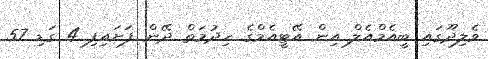
ވެލިދޫގައި ބީއެމްއެލް އިން އޭޓީއެމްގެ ހިދުމަތް ދޭން ފަށައިފި 4 ގަޑި 57